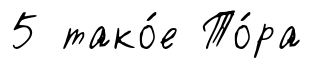
5 тако́е То́ра